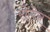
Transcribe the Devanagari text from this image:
रोडेर